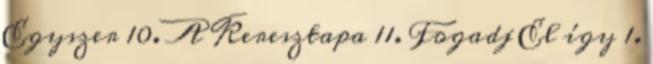
Egyszer 10. A Keresztapa 11. Fogadj El így 1.